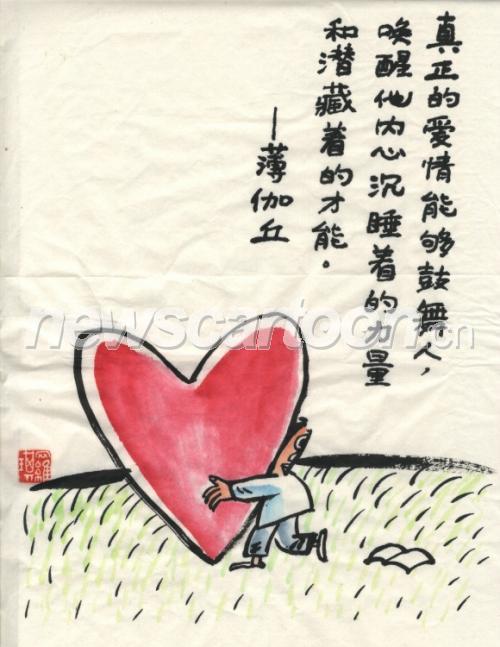
高议而不可及，不若卑论之有功也。